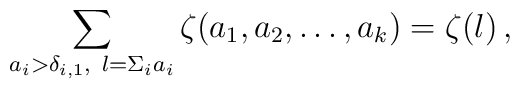
\sum_{a_i>\delta_{i,1},\ l=\Sigma_i a_i}\zeta(a_1,a_2,\ldots,a_k)=\zeta(l)\,,